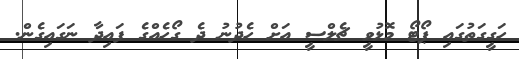
ހަގީގަތުގައި ޕޯޓޯ މޮޅުވީ ޗެލްސީ އަށް ހެދުނު ދެ ގޯހެއްގެ ފައިދާ ނަގައިގެން.